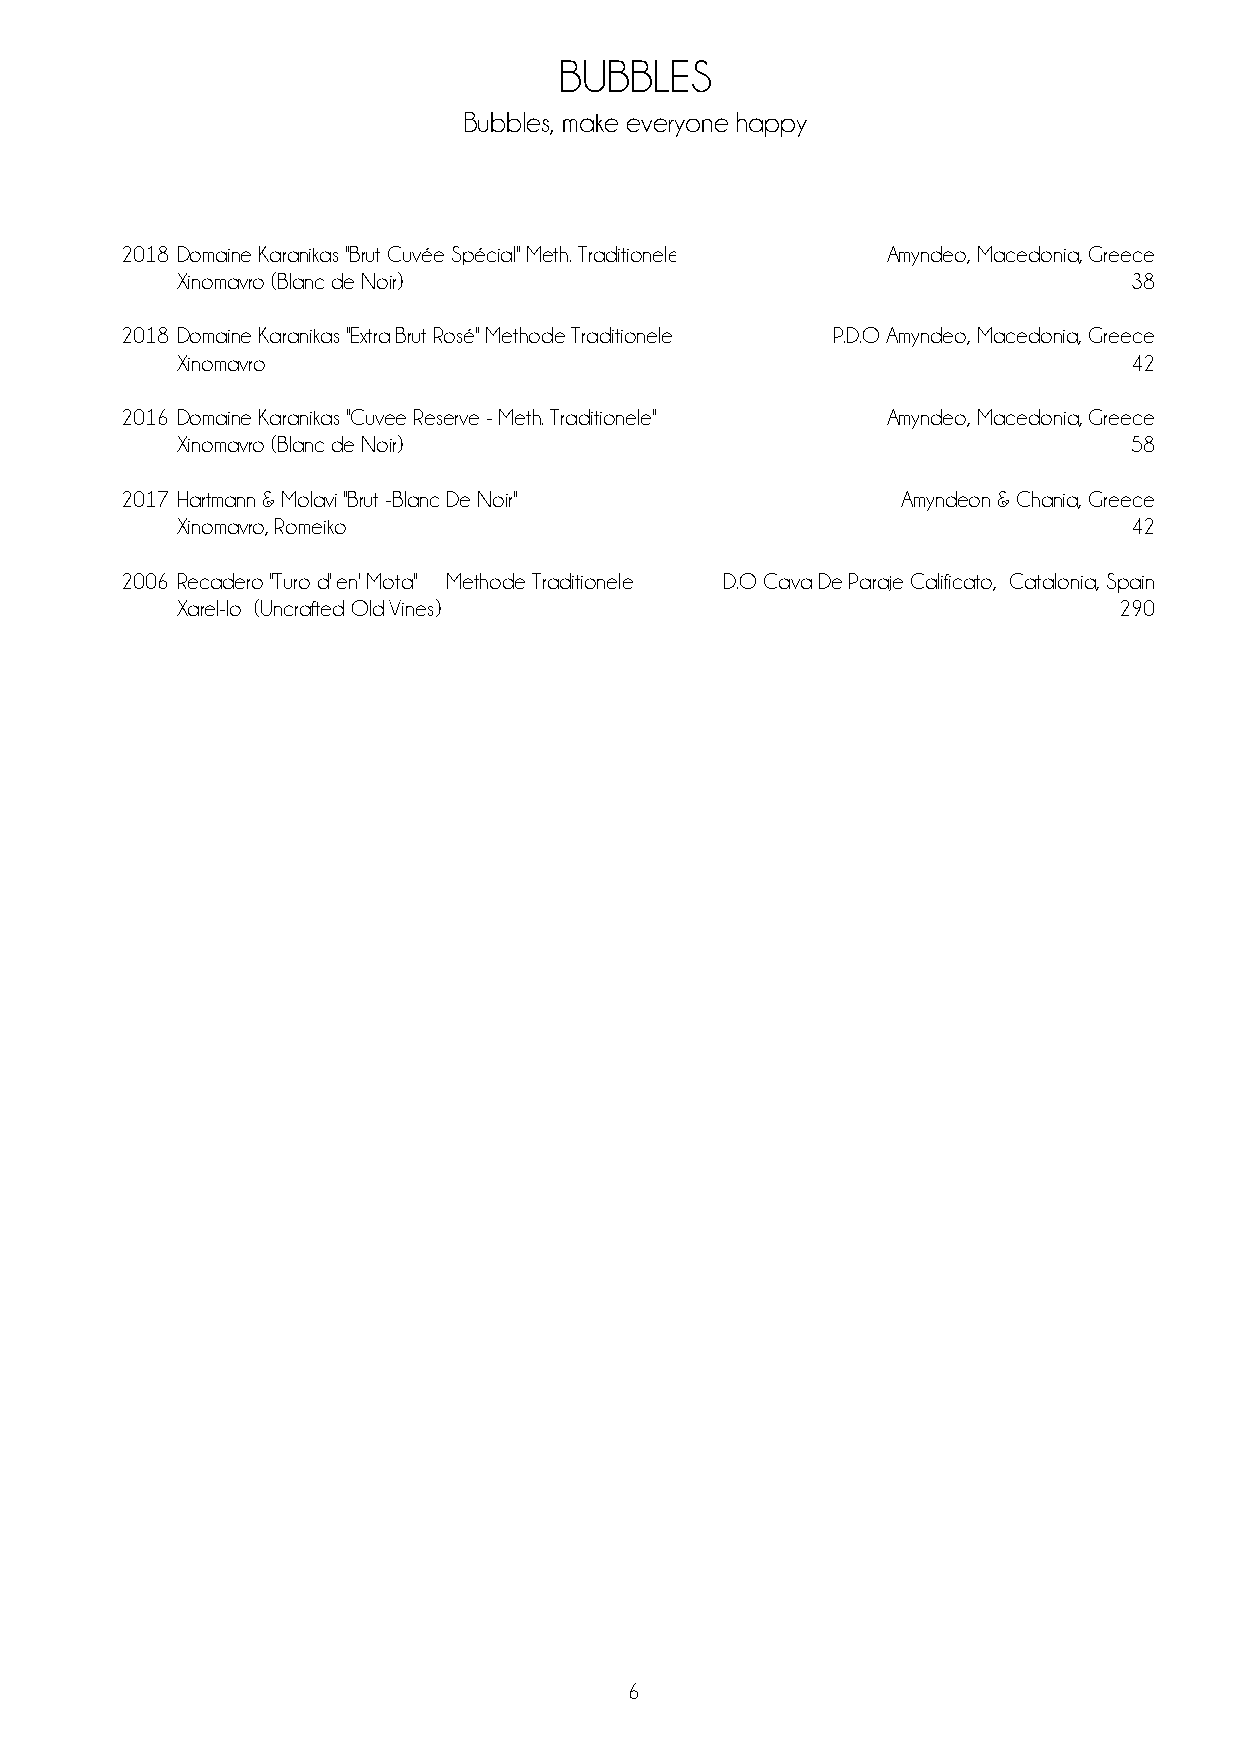
BUBBLES
 Bubbles, make everyone happy
 2018 Domaine Karanikas "Brut Cuvée Spécial'' Meth. Traditionele Amyndeo, Macedonia, Greece
 Xinomavro (Blanc de Noir)                                      38
 2018 Domaine Karanikas ''Extra Brut Rosé'' Methode Traditionele P.D.O Amyndeo, Macedonia, Greece
 Xinomavro                                                      42
 2016 Domaine Karanikas ''Cuvee Reserve - Meth. Traditionele'' Amyndeo, Macedonia, Greece
 Xinomavro (Blanc de Noir)                                      58
 2017 Hartmann & Molavi ''Brut -Blanc De Noir''      Amyndeon & Chania, Greece
 Xinomavro, Romeiko                                             42
 2006 Recadero ''Turo d' en' Mota'' Methode Traditionele D.O Cava De Paraje Calificato, Catalonia, Spain
 Xarel-lo (Uncrafted Old Vines)                                290
 6